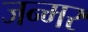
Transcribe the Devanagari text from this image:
जन्मर